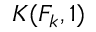
K ( F _ { k } , 1 )